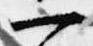
一